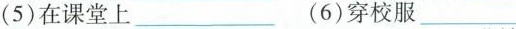
(5)在课堂上___ (6)穿校服___